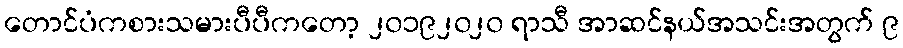
တောင်ပံကစားသမားပီပီကတော့ ၂၀၁၉၂၀၂၀ ရာသီ အာဆင်နယ်အသင်းအတွက် ၉